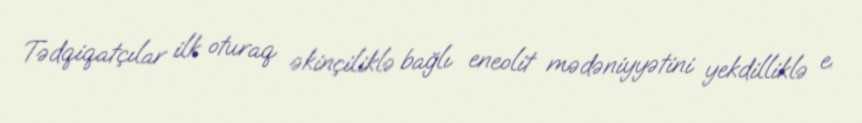
Tədqiqatçılar ilk oturaq əkinçiliklə bağlı eneolit mədəniyyətini yekdilliklə e.